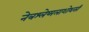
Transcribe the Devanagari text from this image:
नेत्रश्लेष्मलाशोथसी